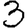
Digit: 3